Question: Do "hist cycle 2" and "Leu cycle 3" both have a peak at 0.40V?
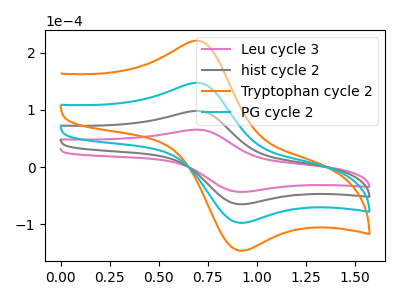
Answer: <think>The pink curve "Leu cycle 3" has an anodic peak at (0.70V, 65.55uA) and a cathodic peak at (0.90V, -43.35uA). The gray curve "hist cycle 2" has an anodic peak at (0.70V, 98.30uA) and a cathodic peak at (0.90V, -65.00uA). The orange curve "Tryptophan cycle 2" has an anodic peak at (0.70V, 294.90uA) and a cathodic peak at (0.90V, -195.05uA). The cyan curve "PG cycle 2" has an anodic peak at (0.70V, 196.60uA) and a cathodic peak at (0.90V, -130.00uA).</think>
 <answer>No, "hist cycle 2" and "Leu cycle 3" dont share a peak at 0.40V.</answer>
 <eval>mismatch</eval>